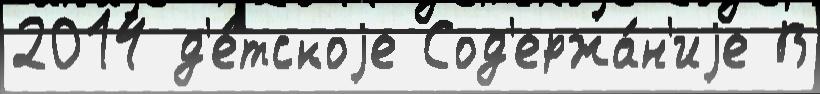
2014 д'е́тскоjе Сод'ержа́н'иjе В